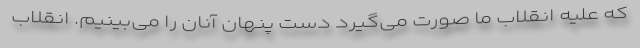
که علیه انقلاب ما صورت می‌گیرد دست پنهان آنان را می‌بینیم. انقلاب